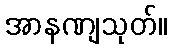
အာနဏျသုတ်။